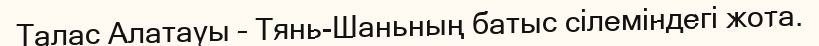
Талас Алатауы – Тянь-Шаньның батыс сілеміндегі жота.